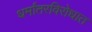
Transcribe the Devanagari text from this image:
धर्मांतरविरोधात